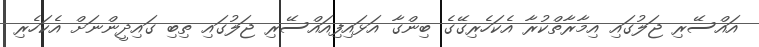
އައްސޭރި ޖަލުގައި އިމާރާތްކުރާ އެކަހެރިގޭގެ ބިންގާ އަޅައިފިއައްސޭރި ޖަލުގައި ތިބި ގައިދީންނަށް އެކަހެރި